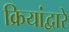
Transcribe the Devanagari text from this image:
क्रियांद्वारे